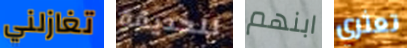
تغازلني للحديقة ابنهم تعثري